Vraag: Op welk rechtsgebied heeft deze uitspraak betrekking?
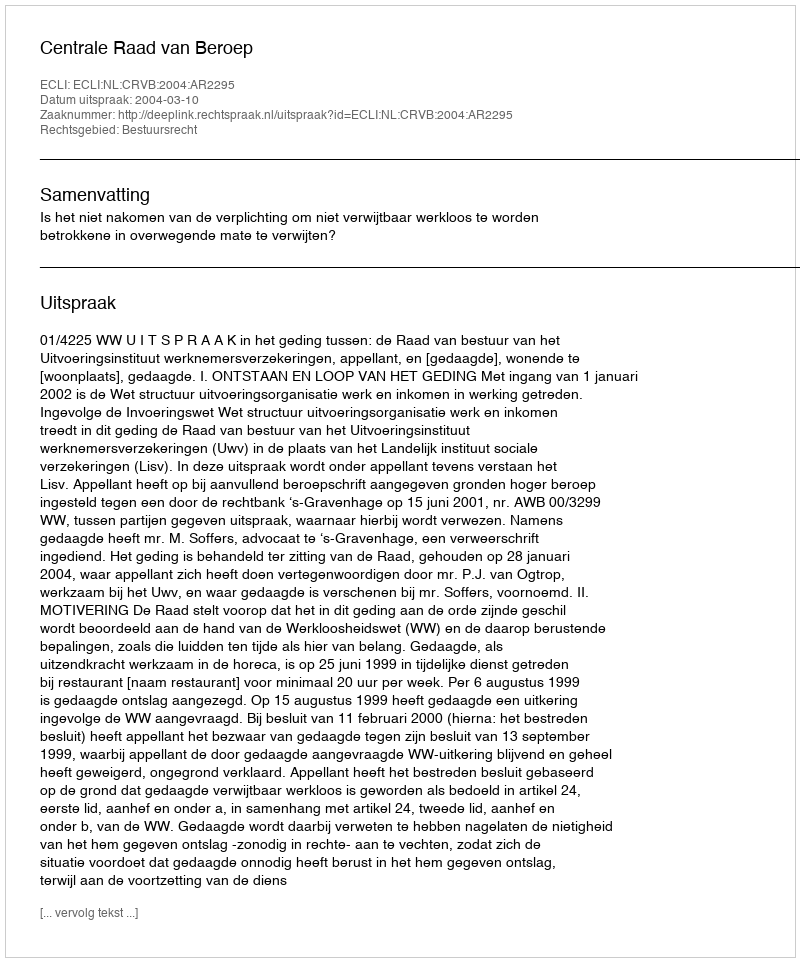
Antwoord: Bestuursrecht